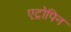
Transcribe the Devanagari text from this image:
एट्रोपिन